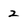
Character: 2